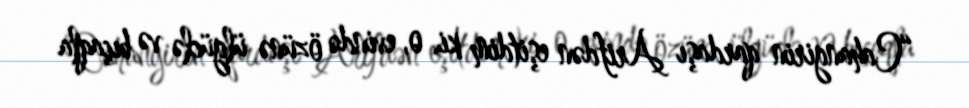
“Cahangirin qardaşı Arifdən eşitdim ki, o, evində özünə ülgüclə və bıçaqla